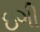
ઇગી